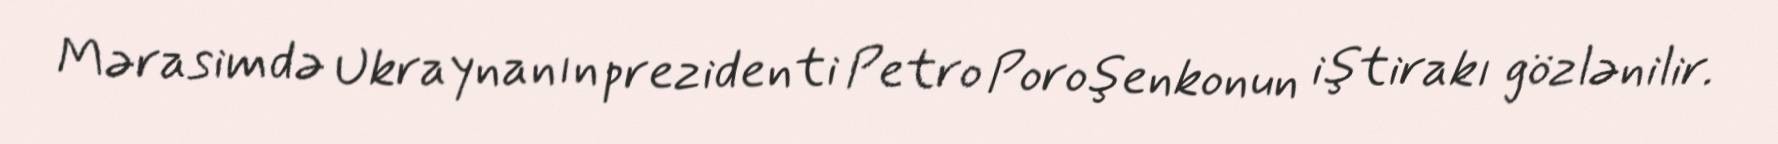
Mərasimdə Ukraynanın prezidenti Petro Poroşenkonun iştirakı gözlənilir.